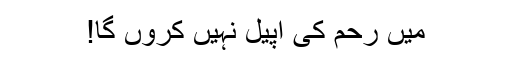
میں رحم کی اپیل نہیں کروں گا!